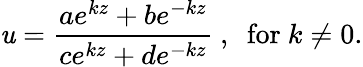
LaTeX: \mathit{u}=\frac{{ae^{kz}+be^{-kz}}}{{ce^{kz}+de^{-kz}}}~,~\mathrm{{~for~}}k\neq0.